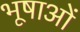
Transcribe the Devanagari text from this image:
भूषाओं